Bréfritari: Sigurbjörg Einarsdóttir
Viðtakandi: Jón Borgfirðings Jónsson
Dagsetning: A-1881-xx-xx
Skrifað á: Akureyri  Eyf.

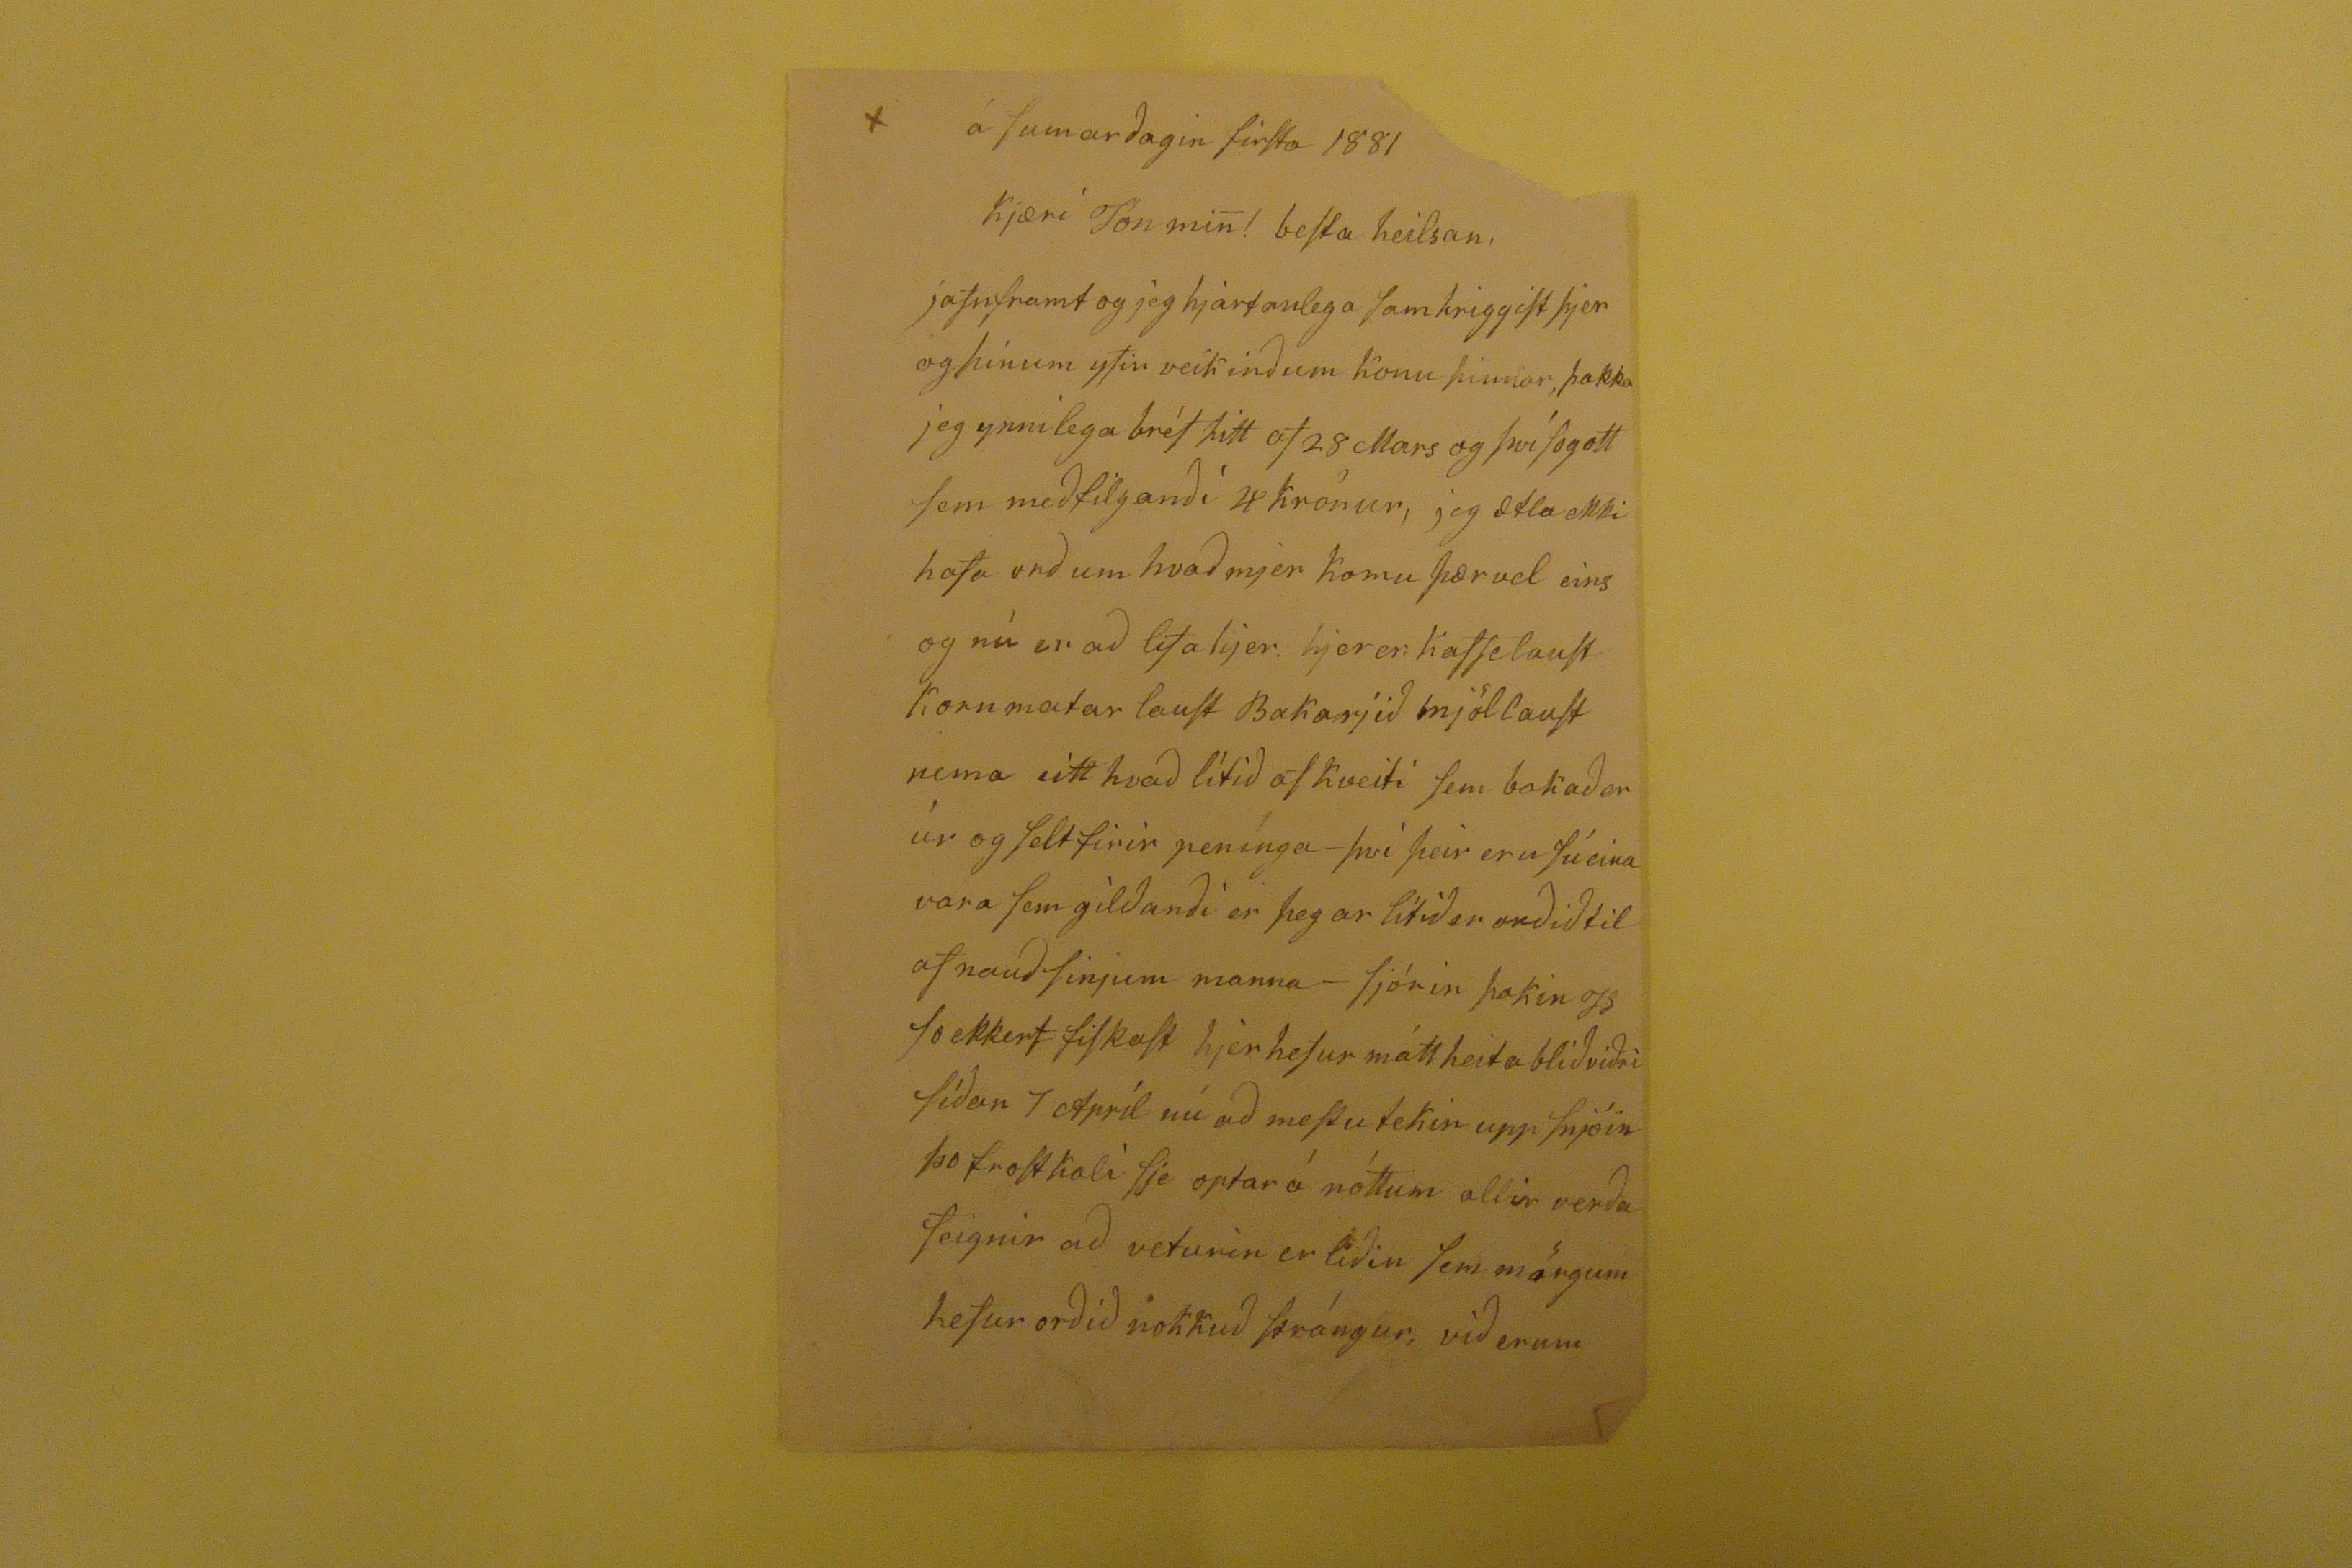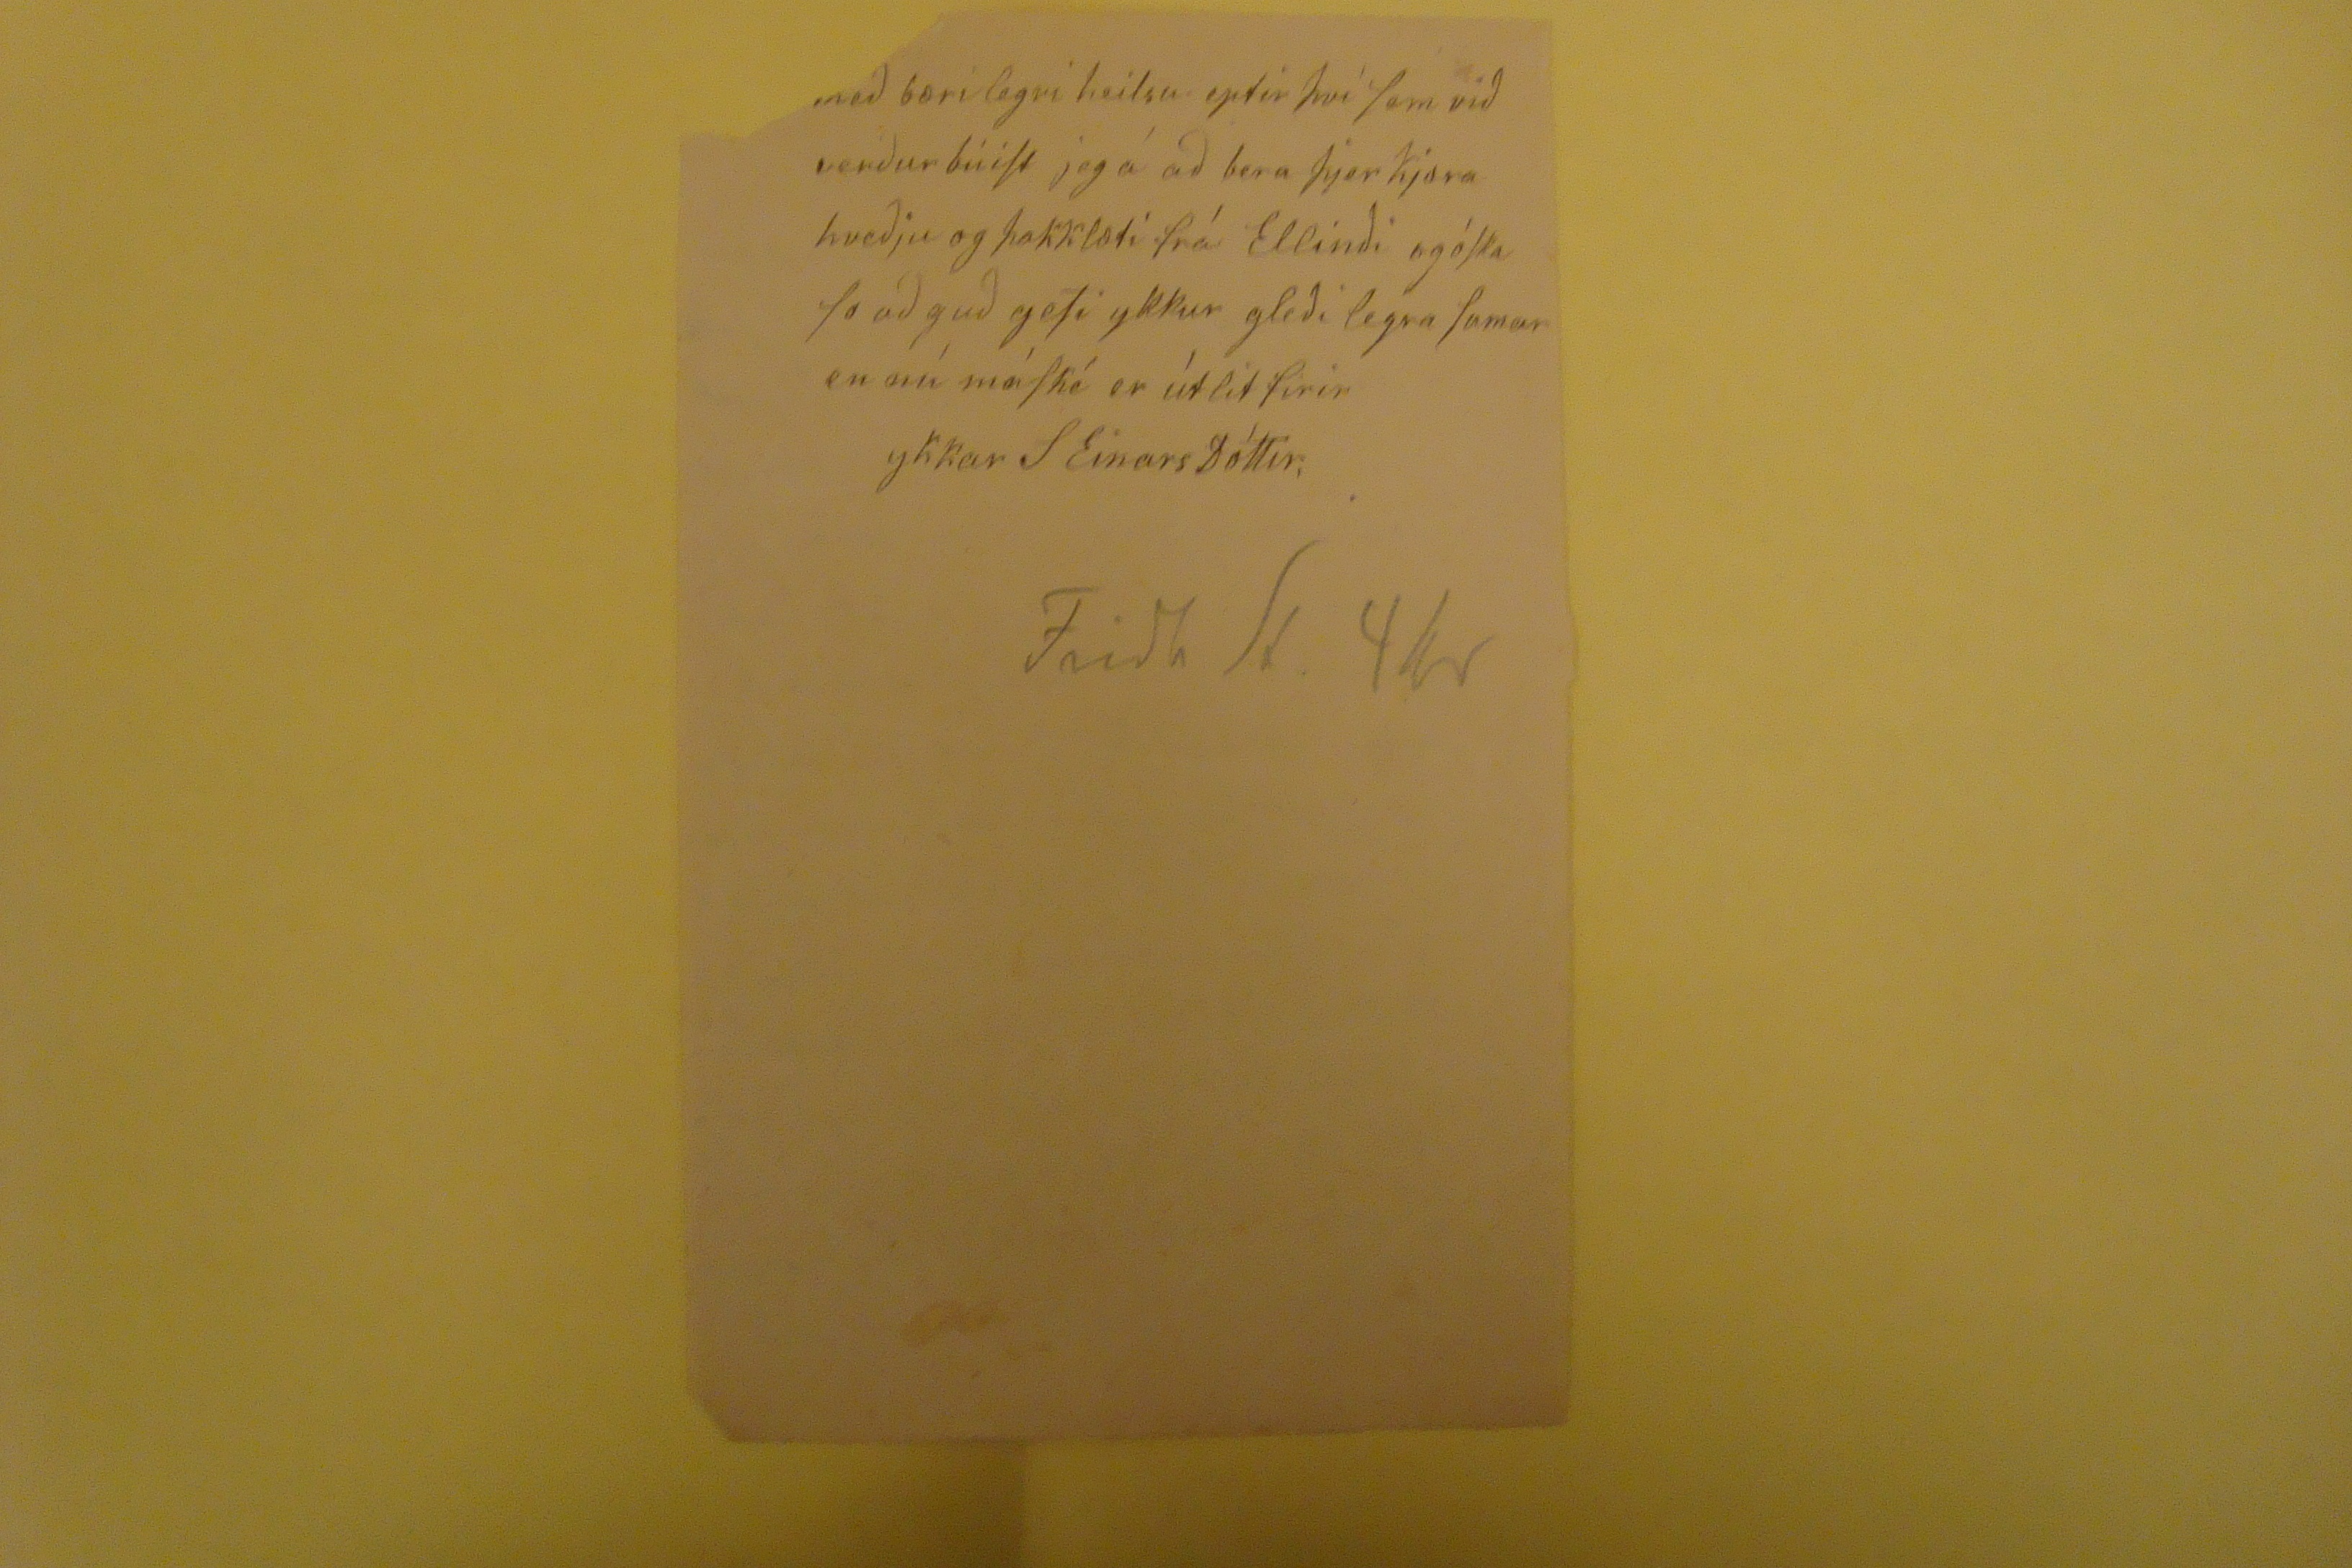

á sumarðagin firsta 1881
kjæri Jón min! besta heilsan.
jafnfram og jeg hjartanlega samhriggist þjer og þínum yfir veikinðum konu þinnar, þakka jeg ynnilega bréf þitt af 28 MArs og því so gott sem meðfilganði 4 krónur, jeg ætla ekki hafa orð um hvað mjer komu þær vel eins og nú er að lifa hjer. hjerer kaffelaust kornmatar laust Bakarjið mjóllaust nema eitt hvað lítði af kveiti sem bakaðer úr og selt firir penínga- því þeir eru sú eina vara sem gilðanði er þegar lítið er orðið til af nauðsinjum manna-
fjórir þokin Is
so ekkert fiskast hjer hefur mátt heita bliðviðri síðan 7 Apríl nú að mestu tekin upp snjóin þo frostkali sje optar á nóttum allir verða feignir að veturin er liðin sem mörgum hefur orðið nokkuð strángur, við erum
með bærilegri heilsu eptir því sem við verður búist jeg á að bera þjer kjæra kveðju og þakklæti frá Ellinði og óska so að guð gefi ykkur gleði legra sumar en nú máské er útlit firir
ykkar S EinarDóttir,